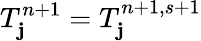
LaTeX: T_{\mathbf{j}}^{n+1}=T_{\mathbf{j}}^{n+1,s+1}